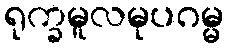
ရုက္ခမူလမုပဂမ္မ